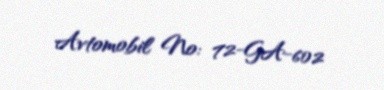
Avtomobil №: 72-GA-602